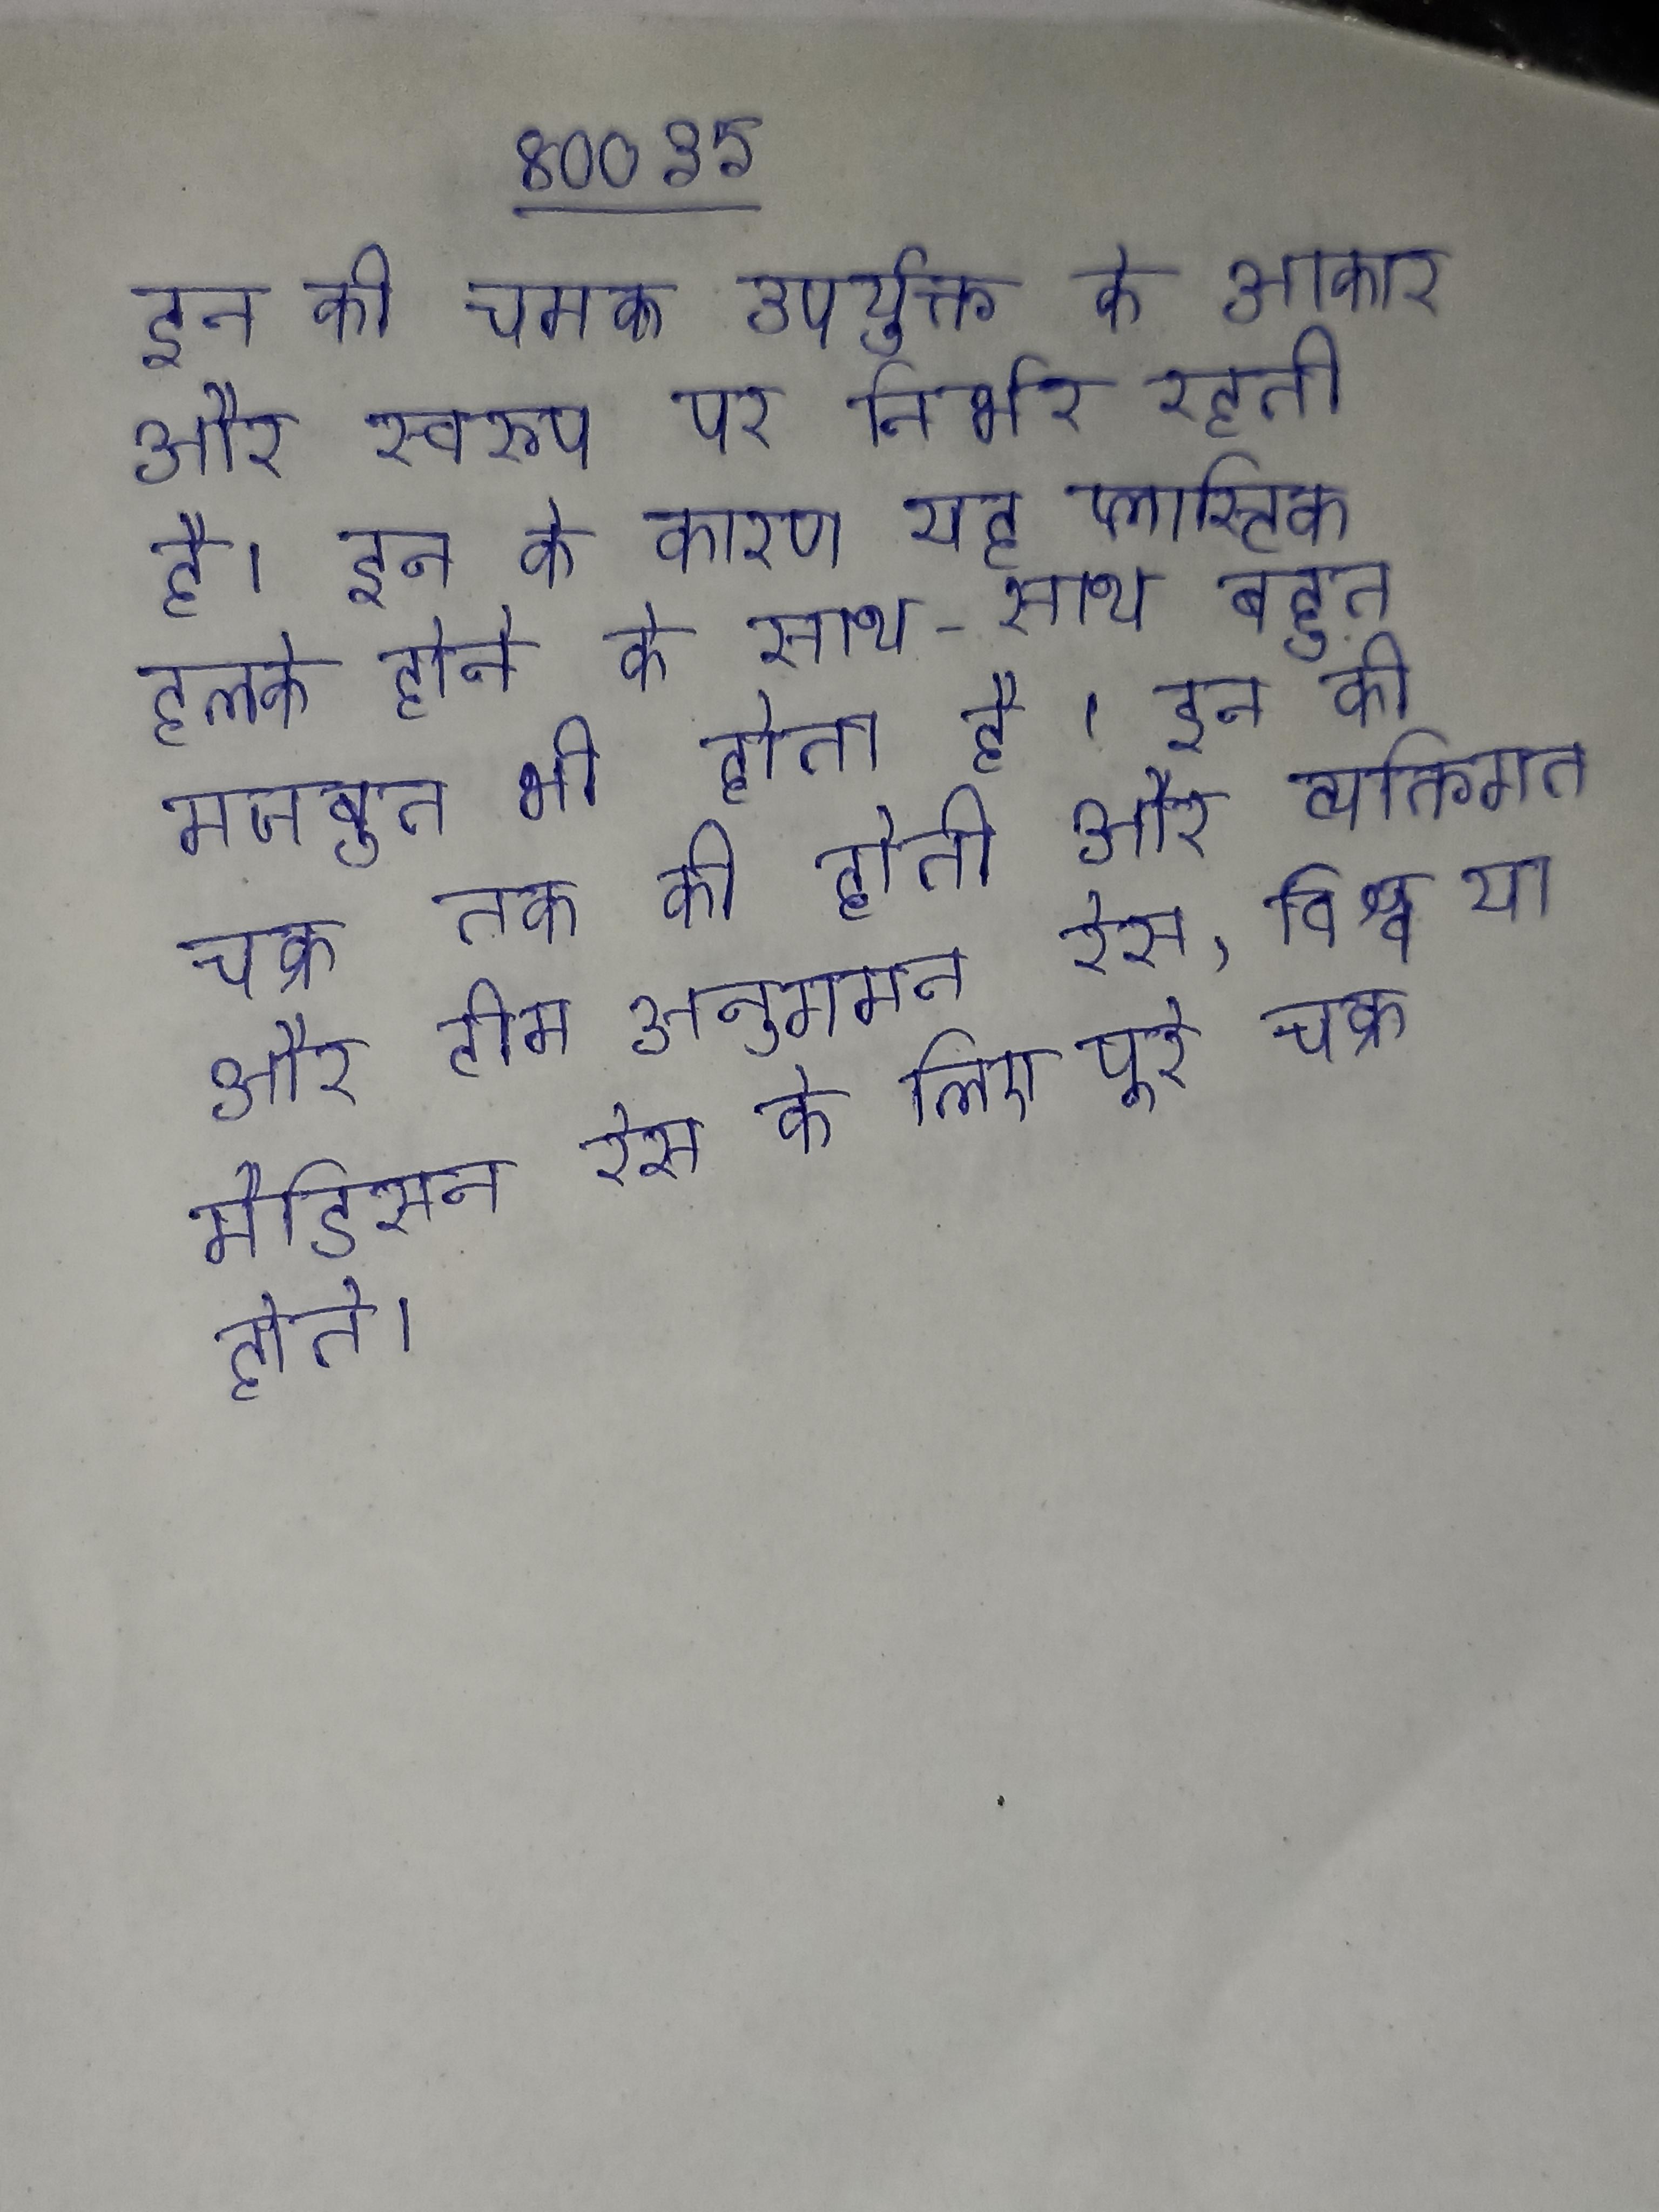
इन की चमक उपर्युक्त के आकार और स्वरूप पर निर्भर रहती है । इन के कारण यह प्लास्टिक हलके होने के साथ-साथ बहुत मजबूत भी होता है । इन की चक्र तक की होती और व्यक्तिगत और टीम अनुगमन रेस, विश्व या मैडिसन रेस के लिए पूरे चक्र होते ।